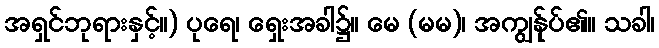
အရှင်ဘုရားနှင့်။) ပုရေ၊ ရှေးအခါ၌။ မေ (မမ)၊ အကျွန်ုပ်၏။ သခါ၊